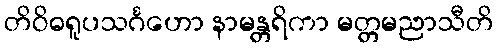
တိဝိဓရူပသင်္ဂဟော နာမန္တရိကာ မတ္တမညာသီတိ